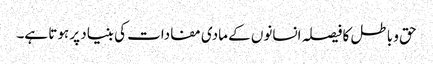
حق و باطل کا فیصلہ انسانوں کے مادی مفادات کی بنیاد پر ہوتا ہے۔